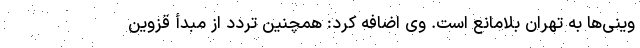
وینی‌ها به تهران بلامانع است. وی اضافه کرد: همچنین تردد از مبدأ قزوین